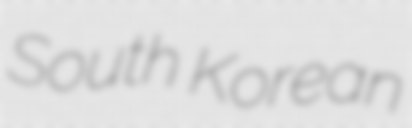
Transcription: South Korean